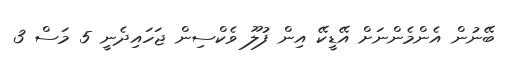
ބޭނުން އެންމެންނަށް އޭޑީކޭ އިން ފުލޫ ވެކްސިން ޖަހައިދެނީ 5 މަސް 3